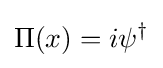
\Pi (x)=i\psi ^{\dagger }